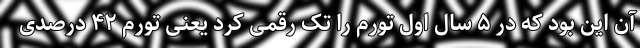
آن این بود که در ۵ سال اول تورم را تک رقمی کرد یعنی تورم ۴۲ درصدی